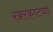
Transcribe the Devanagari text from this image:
खरकाट्या